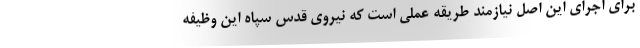
برای اجرای این اصل نیازمند طریقه عملی است که نیروی قدس سپاه این وظیفه